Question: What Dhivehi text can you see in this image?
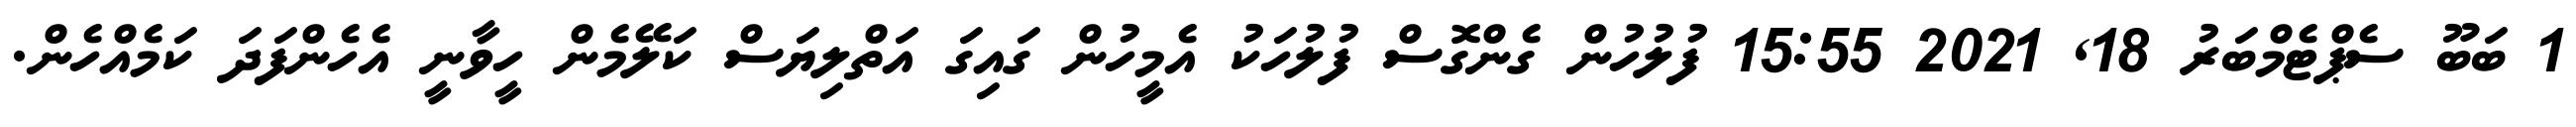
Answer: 1 ބަބޫ ސެޕްޓެމްބަރު 18, 2021 15:55 ފުލުހުން ގެންގޮސް ފުލުހަކު އެމީހުން ގައިގަ އަތްލިޔަސް ކަލޭމެން ހީވާނީ އެހެންފަދަ ކަމެއްހެން.